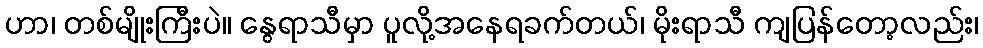
ဟာ၊ တစ်မျိုးကြီးပဲ။ နွေရာသီမှာ ပူလို့အနေရခက်တယ်၊ မိုးရာသီ ကျပြန်တော့လည်း၊